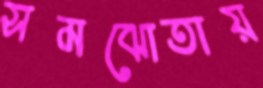
সমঝোতায়